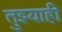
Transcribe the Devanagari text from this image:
तुझ्याही